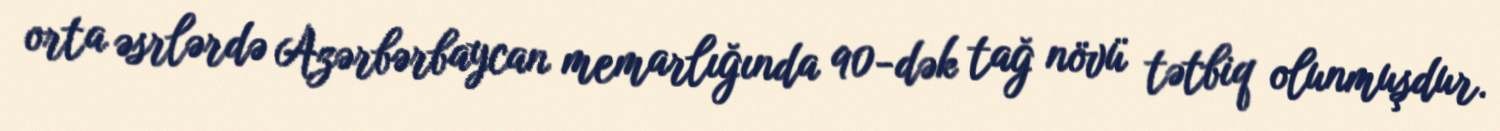
orta əsrlərdə Azərbərbaycan memarlığında 90-dək tağ növü tətbiq olunmuşdur.